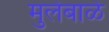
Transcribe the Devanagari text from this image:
मुलेबाळे